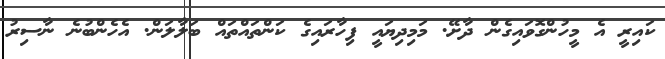
ކައިރީ އެ މީހުންގޮވައިގެން ދާށޭ. މަމިދިޔައީ ފިހާރައިގެ ކަންތައްތައް ބަލާލަން. އެހެންބުނެ ނާސިރު